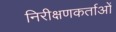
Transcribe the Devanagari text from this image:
निरीक्षणकर्ताओं